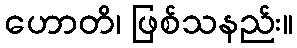
ဟောတိ၊ ဖြစ်သနည်း။